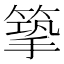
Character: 篫